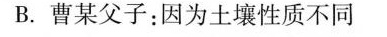
B.曹某父子：因为土壤性质不同